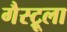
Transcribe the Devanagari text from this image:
गैस्ट्रूला